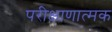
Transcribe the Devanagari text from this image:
परीक्षाणात्मक